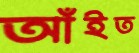
আঁইত